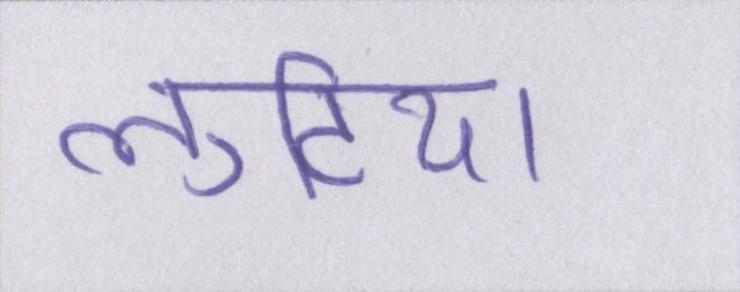
लुटिया